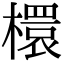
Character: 檈